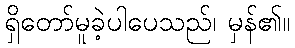
ရှိတော်မူခဲ့ပါပေသည်၊ မှန်၏။